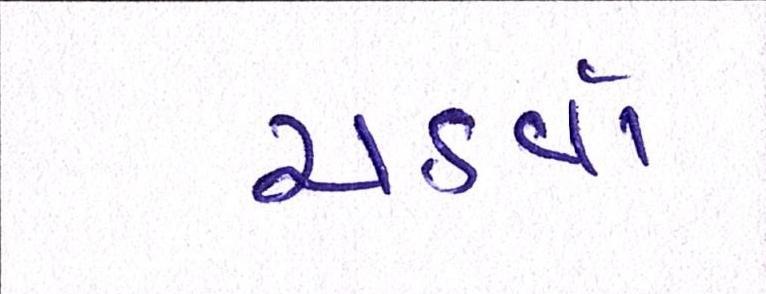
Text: ચડવો